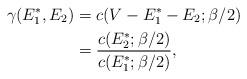
LaTeX: \begin{align*} \gamma(E_1^*,E_2) &= c(V-E_1^*-E_2;\beta/2) \\ &= \frac{c(E_2^*;\beta/2)}{c(E_1^*;\beta/2)},\end{align*}